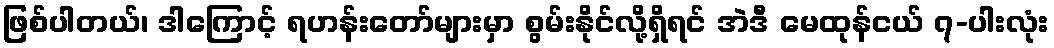
ဖြစ်ပါတယ်၊ ဒါကြောင့် ရဟန်းတော်များမှာ စွမ်းနိုင်လို့ရှိရင် အဲဒီ မေထုန်ငယ် ၇-ပါးလုံး